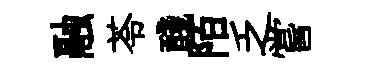
融苓醆陌乏嘗